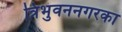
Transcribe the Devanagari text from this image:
त्रिभुवननगरका